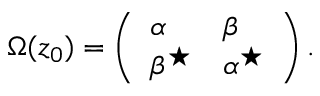
\Omega ( z _ { 0 } ) = \left( \begin{array} { l l } { { \alpha } } & { { \beta } } \\ { { \beta ^ { \star } } } & { { \alpha ^ { \star } } } \end{array} \right) .